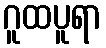
ဂူထပူရာ